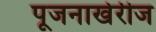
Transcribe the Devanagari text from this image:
पूजनाखेरीज